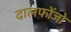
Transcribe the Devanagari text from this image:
दालफोंजो